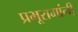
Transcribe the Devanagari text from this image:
प्रभूरामांनी